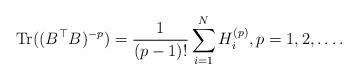
LaTeX: \begin{align*} \textrm{Tr} ( ( B^{\top} B )^{- p} ) = \frac{1}{( p - 1 )!} \sum_{i = 1}^{N} H_{i}^{( p )}, p = 1, 2, \dots . \end{align*}